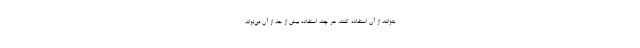
بتوانند از آن استفاده کنند، هر چند استفاده بیش از حد از آن می‌تواند